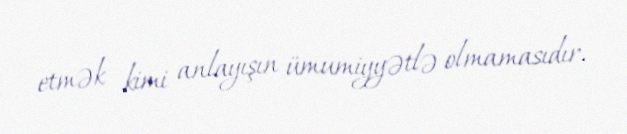
etmək kimi anlayışın ümumiyyətlə olmamasıdır.